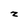
Character: Z